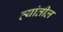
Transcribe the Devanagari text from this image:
त्‍यांतील